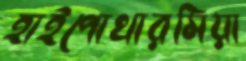
হাইপোথারমিয়া